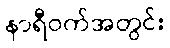
နာရီဝက်အတွင်း